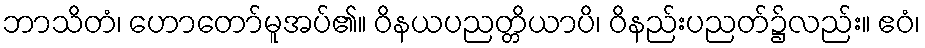
ဘာသိတံ၊ ဟောတော်မူအပ်၏။ ဝိနယပညတ္တိယာပိ၊ ဝိနည်းပညတ်၌လည်း။ ဧဝံ၊